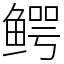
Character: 鳄